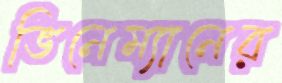
ভিনেম্যানের